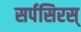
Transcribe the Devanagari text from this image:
सर्पसिरस्